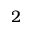
2